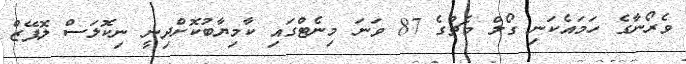
ވެރޯނާގެ ހަމައެކަނި ގޯލް މެޗުގެ 87 ވަނަ މިނެޓްގައި ކާމިޔާބުކޮށްދިނީ ނިކޮލަސް ލޮޕޭޒް